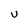
Character: U